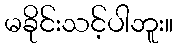
မခိုင်းသင့်ပါဘူး။